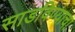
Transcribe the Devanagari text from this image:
साडविण्याचा